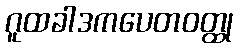
ဂူထခါဒကပေတဝတ္ထု